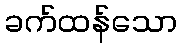
ခက်ထန်သော